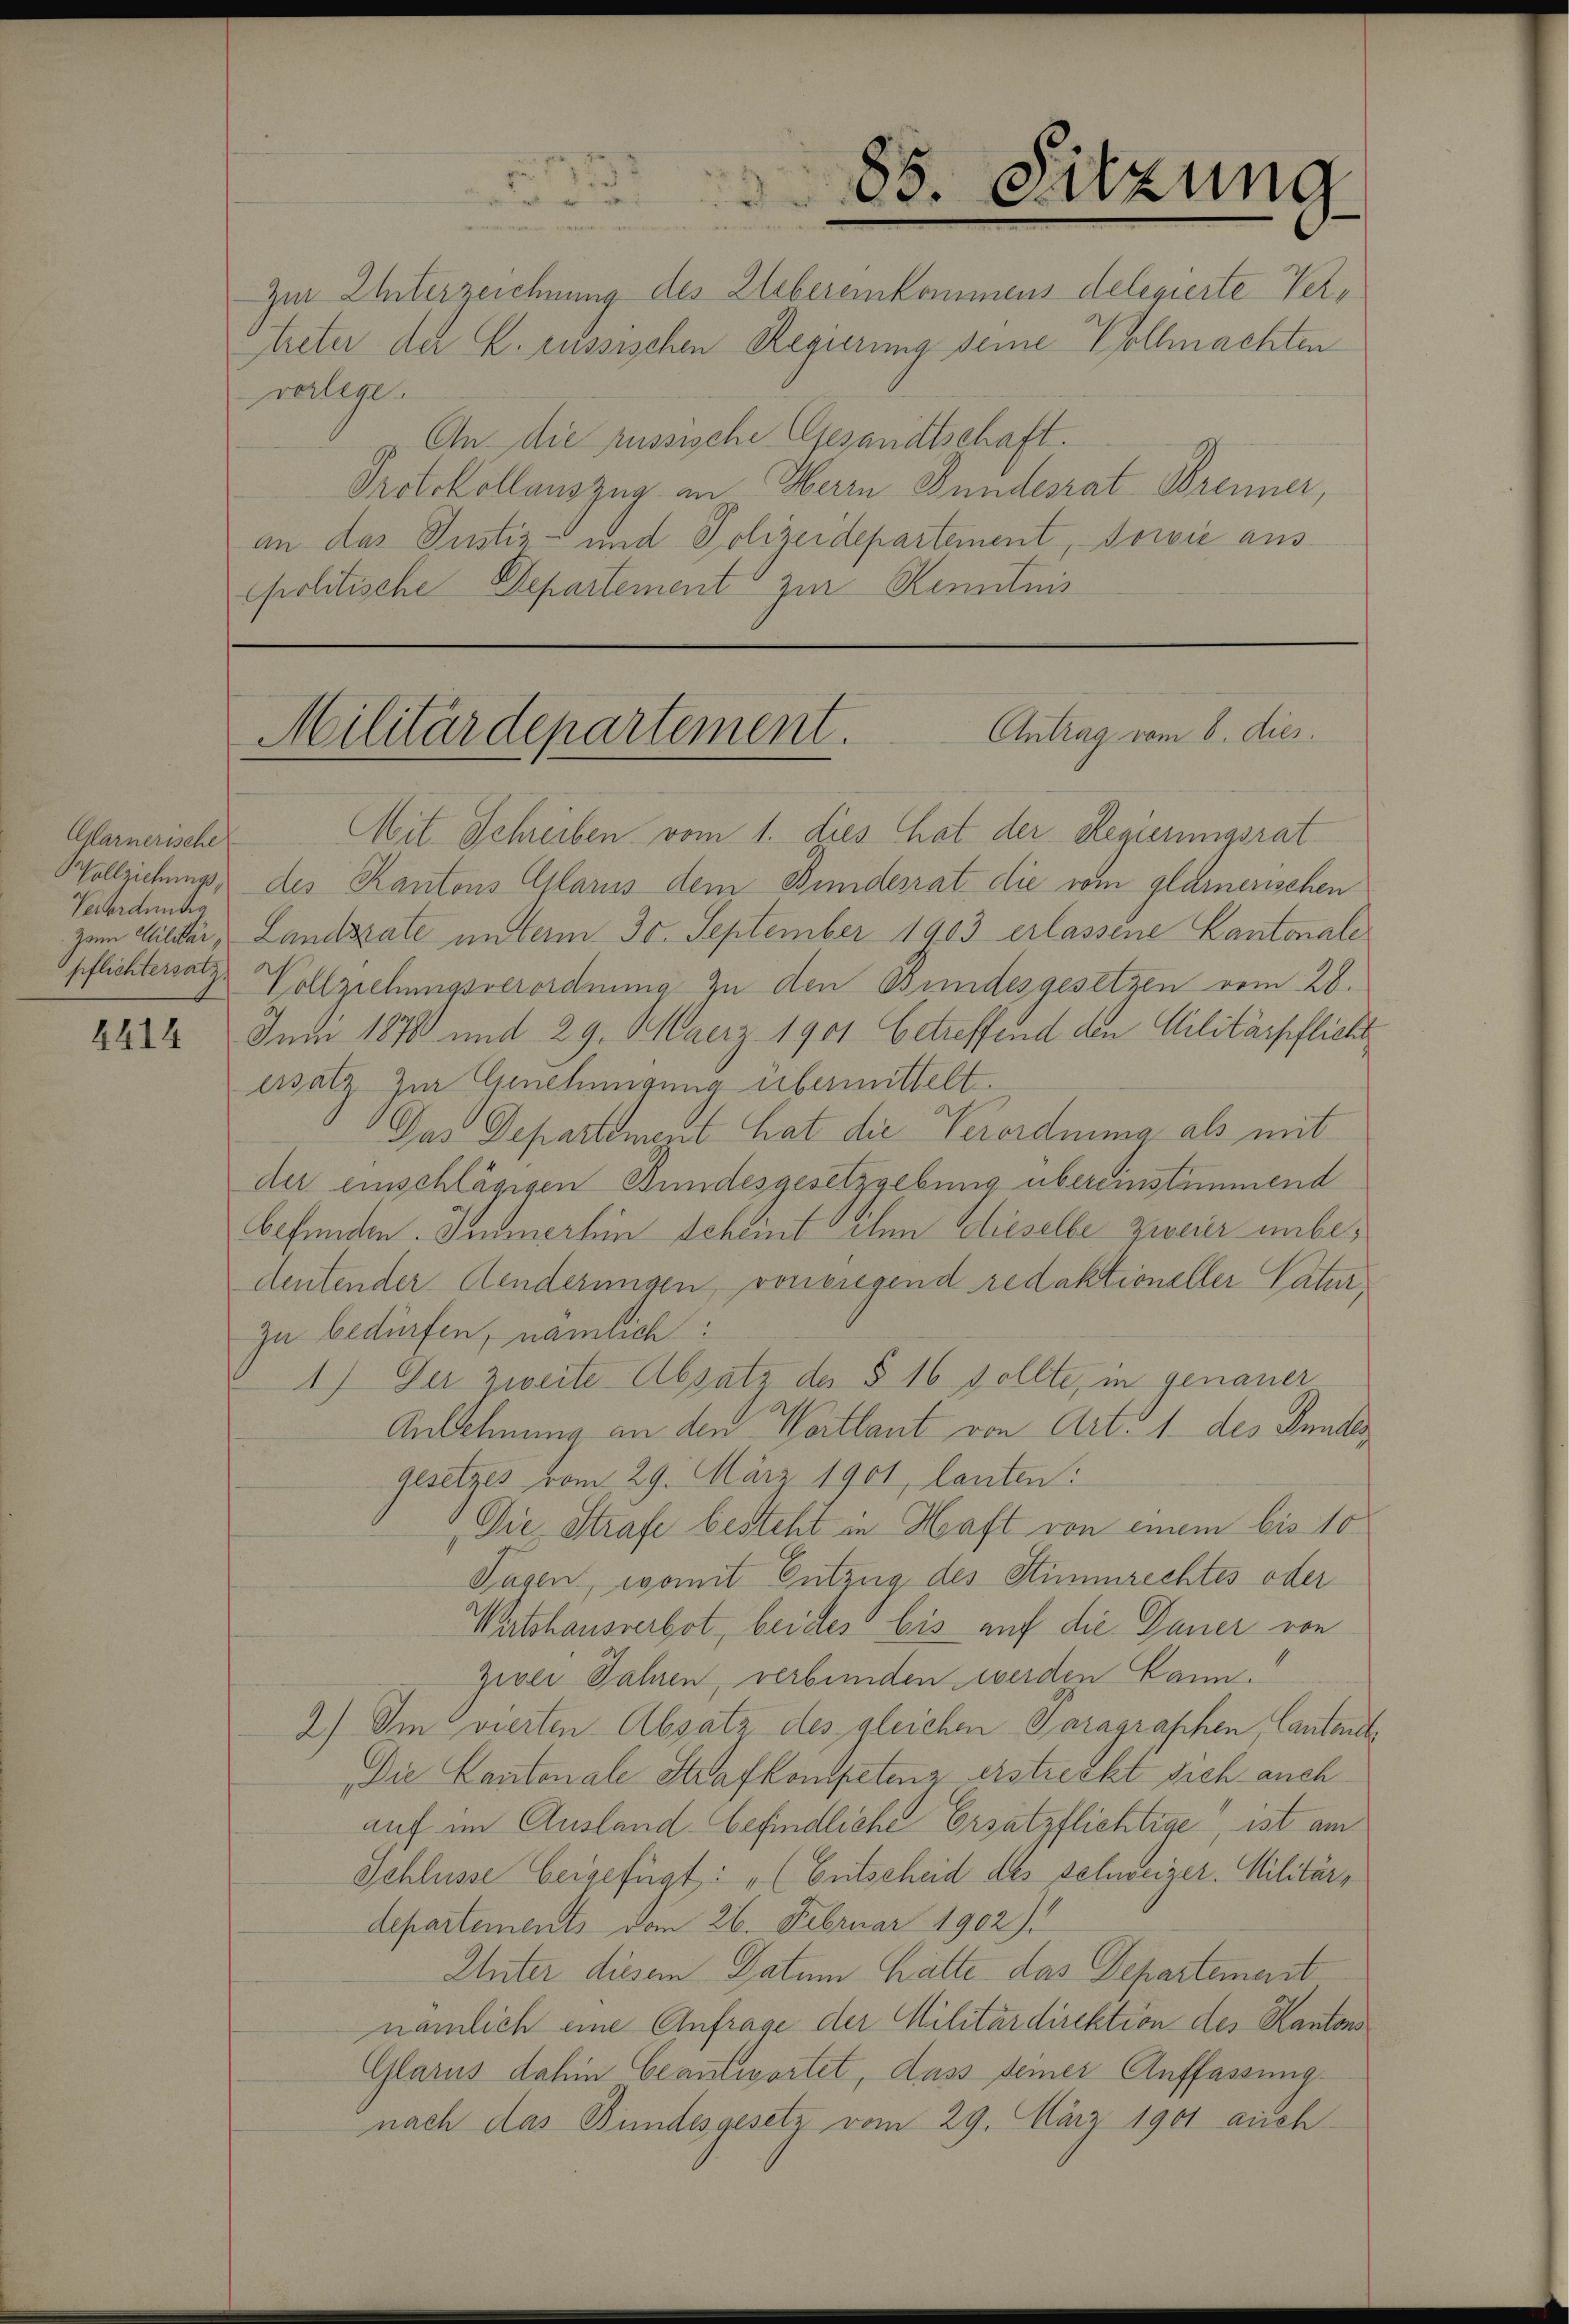
Alarnerische
Hollziehung,
Verberdent
pflichtersatz.

4414

3.

85. Sitzung

Zur Unterzeichnung des Lebereinkommens delegierte Vertreter der k. russischen Regierung seine Vollmachten
verlege.
An die russische Gesandtschaft.
Protokollauszug an Herrn Bundesrat Brenner,
an das Justiz- und Polizeidepartement, sowie auspolitische Departement zur Kenntnis

Antrag vom 6. dies
Militärdepartement.

Mit Schreiben vom 1. dies hat der Regierungsrat
des Kantons Glarus dem Bundesrat die vom glarnerischen
zum Militär, Landsrate unterm 30. September 1903 erlassene Kantonale
Vollziehungsverordnung zu den Bundesgesetzen vom 28.
Juni 1878 und 29. Maerz 1901 betreffend den Militärpflicht
ersatz zur Annehmigung übermittelt.
Das Departement hat die Verordnung als mit
der einschlägigen Bundesgesetzgebung übereinstimmend
befunden. Immerhin scheint ihn dieselbe zweier unbedentender Aenderungen, voneiegend redaktioneller Naturzu bedürfen, nämlich:
1.) Der zweite Absatz der § 16 sollte, in genauer
Anlehnung an den Wortlaut von Art. 1 des Bundes
gesetzes vom 29. März 1901, lauten:
Die Strafe besteht in Haft von einem bis 10
Tagen, womit Entzug des Stimmrechtes oder
Watshausverbot, beides bis auf die Dauer von
zivli Jahren, verbunden werden kann.
2) Im vierten Absatz des gleichen Paragraphen, Cantend
Die Cantonale Strafkompetenz erstreckt sich auch
auf im Ausland befindliche Ersatzflichtige, ist am
Schlüsse beigefügt: „ (Entscheid des schweizer. Militärdepartements vom 26. Februar 1902).
Unter diesem Datum hätte das Departement
nämlich eine Anfrage der Militärdirektion des Kantons
Glarus dahin beantwortet, dass seiner Auffassung
nach das Bundesgesetz vom 29. März 1901 auch